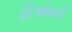
કિએવની